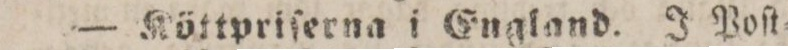
— Köttpriſerna i England. J Poſt=